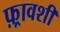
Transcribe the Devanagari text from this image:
फ़्रावशी